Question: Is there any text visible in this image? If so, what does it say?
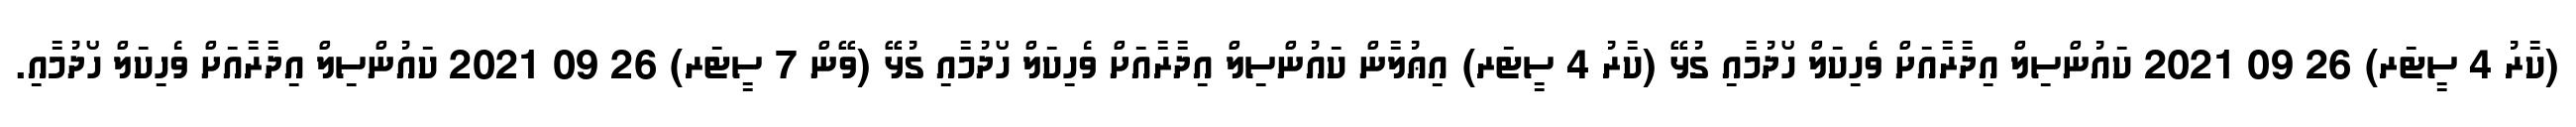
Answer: (ކާރު 4 ސީޓަރ) 26 09 2021 ކައުންސިލް އިދާރާއަށް ވެހިކަލް ހޯދުމާއި ގުޅޭ (ކާރު 4 ސީޓަރ) އިޢުލާން ކައުންސިލް އިދާރާއަށް ވެހިކަލް ހޯދުމާއި ގުޅޭ (ވޭން 7 ސީޓަރ) 26 09 2021 ކައުންސިލް އިދާރާއަށް ވެހިކަލް ހޯދުމާއި.